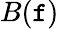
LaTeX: B(\mathtt{f})